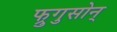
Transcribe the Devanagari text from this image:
फ्रुगुसोन्